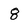
Character: 8